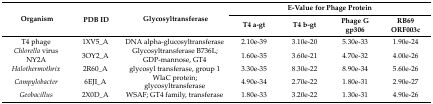
<table><thead><tr><td rowspan="2"><b>Organism</b></td><td rowspan="2"><b>PDB ID</b></td><td rowspan="2"><b>Glycosyltransferase</b></td><td colspan="4"><b>E-Value for Phage Protein</b></td></tr><tr><td><b>T4 a-gt</b></td><td><b>T4 b-gt</b></td><td><b>Phage G gp306</b></td><td><b>RB69 ORF003c</b></td></tr></thead><tbody><tr><td>T4 phage</td><td>1XV5_A</td><td>DNA alpha-glucosyltransferase</td><td>2.10e-39</td><td>3.10e-20</td><td>5.30e-33</td><td>1.90e-24</td></tr><tr><td><i>Chlorella</i> virus NY2A</td><td>3OY2_A</td><td>Glycosyltransferase B736L; GDP-mannose, GT4</td><td>1.60e-35</td><td>3.60e-21</td><td>4.70e-32</td><td>4.00e-26</td></tr><tr><td><i>Halothermothrix</i></td><td>2R60_A</td><td>glycosyl transferase, group 1</td><td>3.30e-35</td><td>8.30e-22</td><td>8.90e-34</td><td>5.60e-26</td></tr><tr><td><i>Campylobacter</i></td><td>6EJI_A</td><td>WlaC protein; glycosyltransferase</td><td>4.90e-34</td><td>2.70e-22</td><td>1.80e-31</td><td>2.90e-27</td></tr><tr><td><i>Geobacillus</i></td><td>2X0D_A</td><td>WSAF; GT4 family, transferase</td><td>1.80e-33</td><td>3.20e-22</td><td>1.30e-31</td><td>4.90e-26</td></tr></tbody></table>